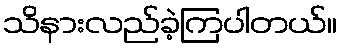
သိနားလည်ခဲ့ကြပါတယ်။